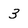
Character: 3